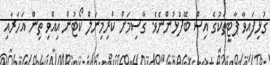
ގުޅިފައިވާ ޕާޓީތަކުގެ އިސް ބޭފުޅުންނެވެ. ގާސިމަށް ކްރިމިނަލް ކޯޓުން އިއްވި ތިން އަހަރާއި